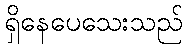
ရှိနေပေသေးသည်